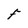
Character: F